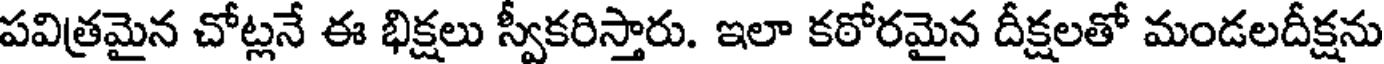
పవిత్రమైన చోట్లనే ఈ భిక్షలు స్వీకరిస్తారు. ఇలా కఠోరమైన దీక్షలతో మండలదీక్షను